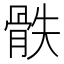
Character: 𩨰